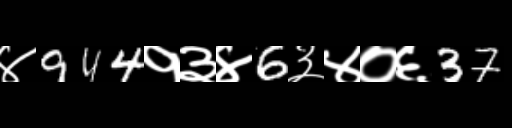
Text: ४944१३४6३४०६37